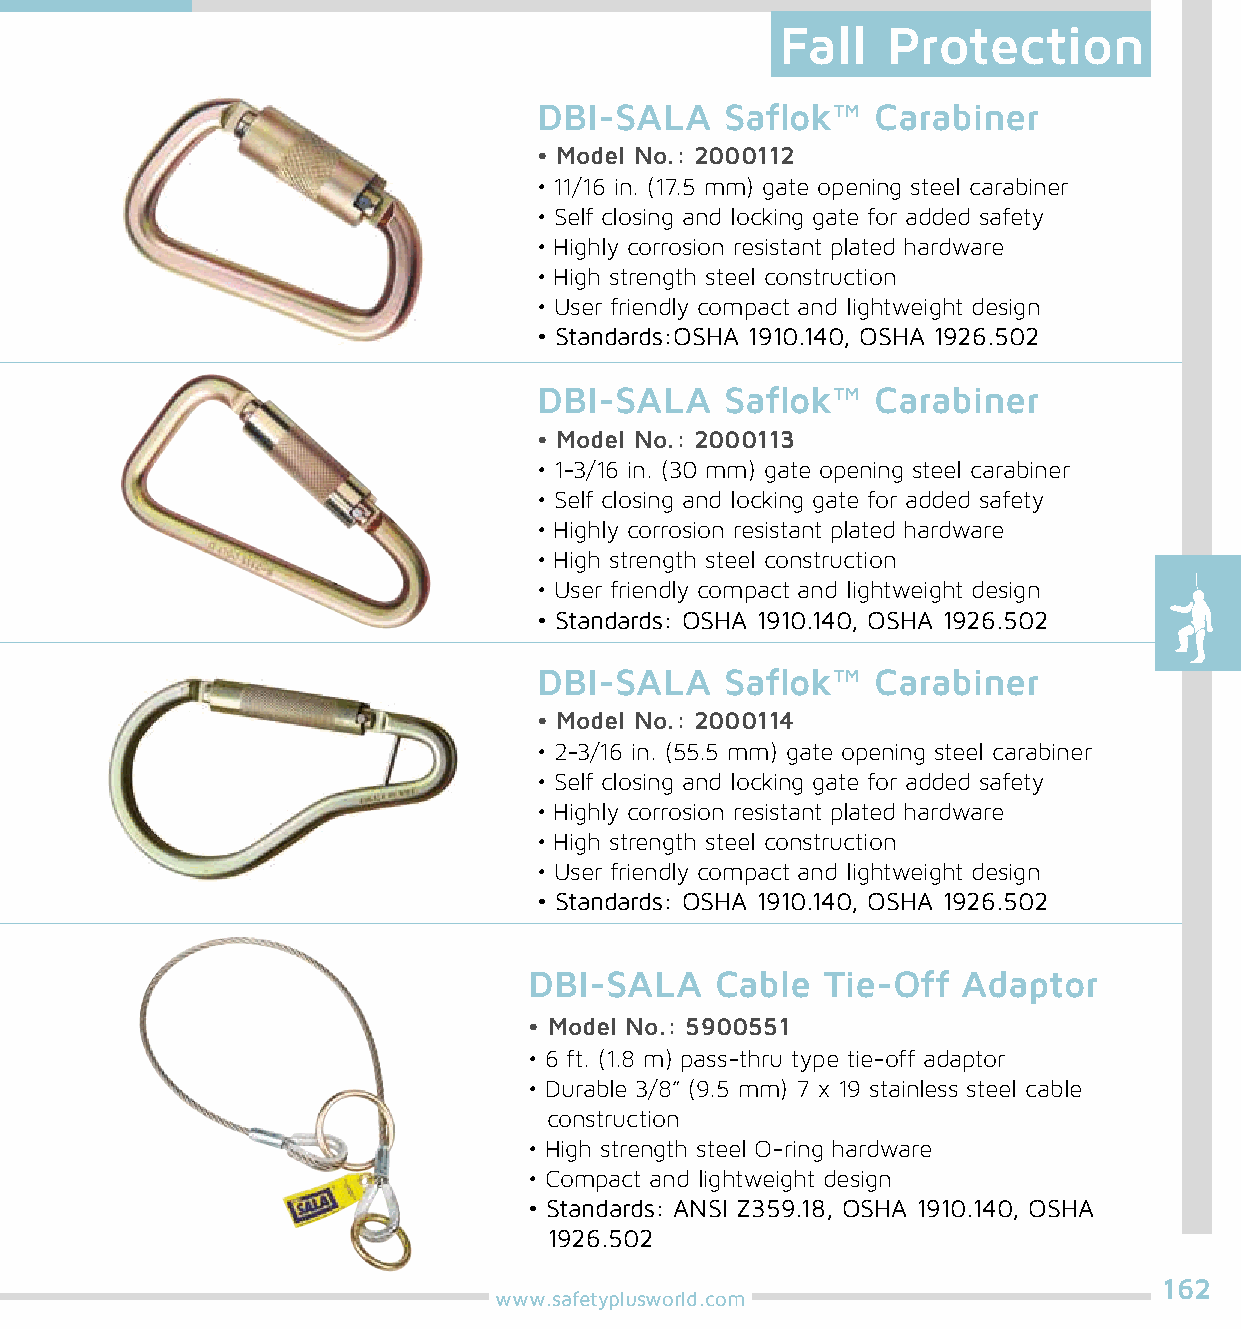
Fall   Protection
 DBI-SALA    Saflok™   Carabiner
 • Model No.: 2000112
 • 11/16 in. (17.5 mm) gate opening steel carabiner
 • Self closing and locking gate for added safety
 • Highly corrosion resistant plated hardware
 • High strength steel construction
 • User friendly compact and lightweight design
 • Standards:OSHA 1910.140, OSHA 1926.502
 DBI-SALA    Saflok™   Carabiner
 • Model No.: 2000113
 • 1-3/16 in. (30 mm) gate opening steel carabiner
 • Self closing and locking gate for added safety
 • Highly corrosion resistant plated hardware
 • High strength steel construction
 • User friendly compact and lightweight design
 • Standards: OSHA 1910.140, OSHA 1926.502
 DBI-SALA    Saflok™   Carabiner
 • Model No.: 2000114
 • 2-3/16 in. (55.5 mm) gate opening steel carabiner
 • Self closing and locking gate for added safety
 • Highly corrosion resistant plated hardware
 • High strength steel construction
 • User friendly compact and lightweight design
 • Standards: OSHA 1910.140, OSHA 1926.502
 DBI-SALA    Cable   Tie-Off  Adaptor
 • Model No.: 5900551
 • 6 ft. (1.8 m) pass-thru type tie-off adaptor
 • Durable 3/8” (9.5 mm) 7 x 19 stainless steel cable
 construction
 • High strength steel O-ring hardware
 • Compact and lightweight design
 • Standards: ANSI Z359.18, OSHA 1910.140, OSHA
 1926.502
 162
 www.safetyplusworld.com